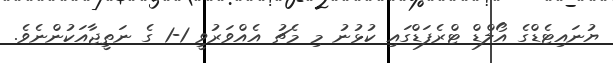
ޔުނައިޓެޑްގެ އޯލްޑް ޓްރެފަޑްގައި ކުޅުނު މި މެޗު އެއްވަރުވީ 1-1 ގެ ނަތީޖާއަކުންނެވެ.